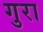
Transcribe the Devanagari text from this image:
गुरा